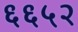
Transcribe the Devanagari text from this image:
६६५२